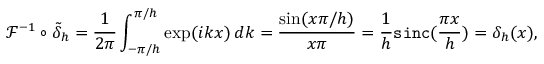
\mathcal { F } ^ { - 1 } \circ \tilde { \delta } _ { h } = \frac { 1 } { 2 \pi } \int _ { - \pi / h } ^ { \pi / h } \exp ( i k x ) \, d k = \frac { \sin ( x \pi / h ) } { x \pi } = \frac { 1 } { h } \mathtt { s i n c } ( \frac { \pi x } { h } ) = \delta _ { h } ( x ) ,